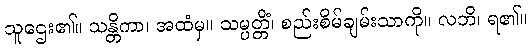
သူဌေး၏။ သန္တိကာ၊ အထံမှ။ သမ္ပတ္တိံ၊ စည်းစိမ်ချမ်းသာကို။ လဘိ၊ ရ၏။